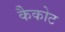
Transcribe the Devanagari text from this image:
कैकोट